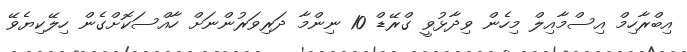
އިބްރާހިމް އިސްމާއިލް މިހެން ވިދާޅުވީ ގްރޭޑް 10 ނިންމާ ދަރިވަރުންނަށް ހާއްސަކޮށްގެން ހިލޭކިޔެވޭ